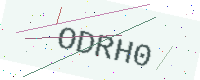
Text: ODRH0